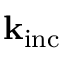
\mathbf { k } _ { \mathrm { i n c } }